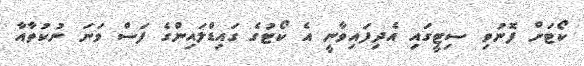
ކޯޓަށް ފޮނުވި ސިޓީގައި އެދިފައިވާނީ އެ ކޯޓުގެ ގައިޑްލައިންގެ ފަސް ވަނަ ނުކުތާއާ